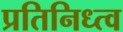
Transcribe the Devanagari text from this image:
प्रतिनिध्त्व